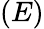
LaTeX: \left(E\right)